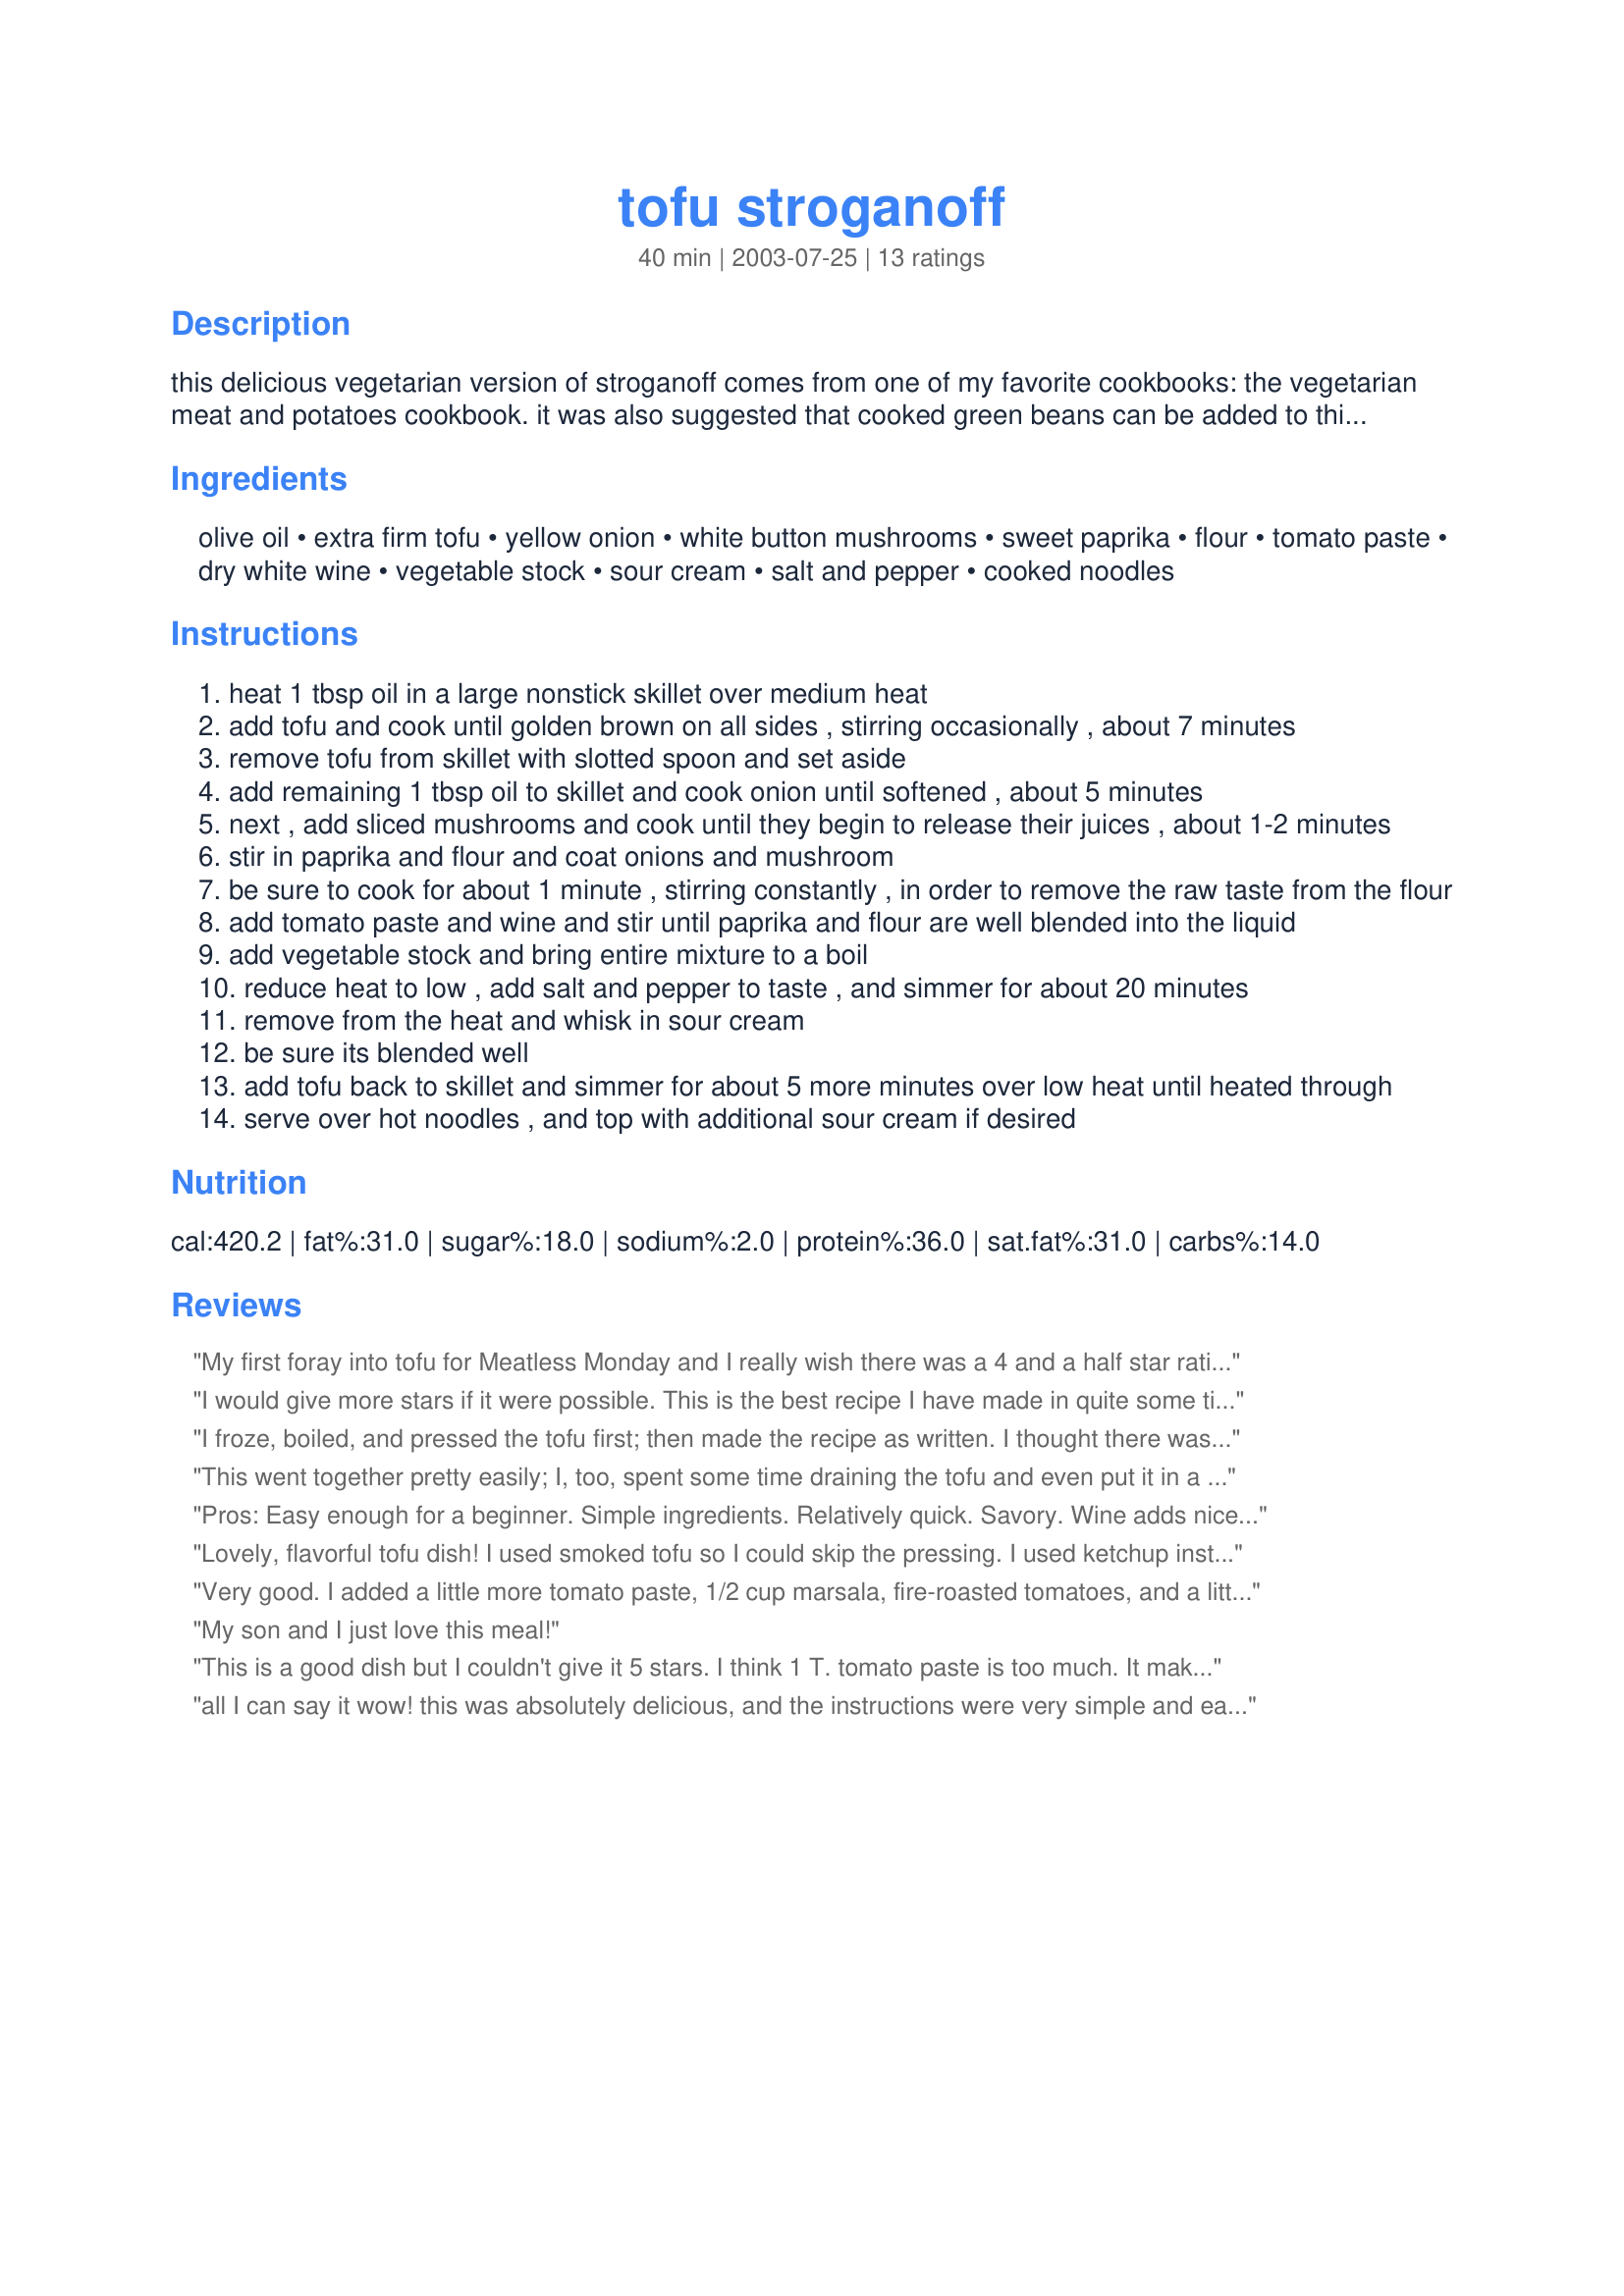
tofu stroganoff
Preparation time: 40 minutes

this delicious vegetarian version of stroganoff comes from one of my favorite cookbooks: the vegetarian meat and potatoes cookbook. it was also suggested that cooked green beans can be added to this at the end with the tofu to add some additional color, flavor and texture. hope you enjoy this dish as much as i do!

Ingredients:
olive oil, extra firm tofu, yellow onion, white button mushrooms, sweet paprika, flour, tomato paste, dry white wine, vegetable stock, sour cream, salt and pepper, cooked noodles

Steps:
heat 1 tbsp oil in a large nonstick skillet over medium heat
add tofu and cook until golden brown on all sides , stirring occasionally , about 7 minutes
remove tofu from skillet with slotted spoon and set aside
add remaining 1 tbsp oil to skillet and cook onion until softened , about 5 minutes
next , add sliced mushrooms and cook until they begin to release their juices , about 1-2 minutes
stir in paprika and flour and coat onions and mushroom
be sure to cook for about 1 minute , stirring constantly , in order to remove the raw taste from the flour
add tomato paste and wine and stir until paprika and flour are well blended into the liquid
add vegetable stock and bring entire mixture to a boil
reduce heat to low , add salt and pepper to taste , and simmer for about 20 minutes
remove from the heat and whisk in sour cream
be sure its blended well
add tofu back to skillet and simmer for about 5 more minutes over low heat until heated through
serve over hot noodles , and top with additional sour cream if desired

Reviews:
My first foray into tofu for Meatless Monday and I really wish there was a 4 and a half star rating. This was really good, my husband even said it was "good" instead of his usual "it's OK". I agree that it was a bit bland, so I added 1 Tbsp of balsamic vinegar and 1/4 tsp of cayenne. Next time I think I'll use lemon juice. I was out of tomato paste, so I used a full Tbsp of ketchup and the tomato flavor was very subdued. I also used 2 portobella mushroom caps b/c I don't really use white mushrooms anymore. They added a nice mushroomy flavor. I will add this recipe to my regular lineup. Thanks for something tasty and meatless.
I would give more stars if it were possible. This is the best recipe I have made in quite some time. My husband and I are trying to eat better, so I bought some tofu and had no idea what to do with it. This was so good, my husband (who can be picky) loved it, and so did I. Thanks so much for posting this, I will definately make this again, many times.
I froze, boiled, and pressed the tofu first; then made the recipe as written. I thought there was something missing. I could not taste the mushrooms, the sourcream flavor was quite prominent. Maybe some garlic next time. I was disappointed with the presentation, it needed color. Green/red peppers perhaps, added toward the end, when the tofu is returned to the pan. I WILL make this again, because it's really easy, but with some adjustments. Thanks for this recipe.
This went together pretty easily; I, too, spent some time draining the tofu and even put it in a colandar after cooking to get more of the moisture out. I really enjoyed the tofu and mushrooms together, but I think next time I would use curry paste in place of the paprika. The paprika just didn't do this dish justice. Also, I'm not sure why its called stroganoff, as it didn't remind me of stroganoff at all!
Pros: Easy enough for a beginner. Simple ingredients. Relatively quick. Savory. Wine adds nice compliment to sour cream.
Cons: Tofu itself doesn&#039;t have any flavor. A bit too much sour cream. Needs additional seasoning, I recommend a splash of worcestershire sauce and a hit of red pepper. Mushrooms would be far more flavorful if cooked until browned, however add additional broth if you go that route.
Lovely, flavorful tofu dish! I used smoked tofu so I could skip the pressing. I used ketchup instead of tomato paste, added a dash of nutmeg, and used red wine instead of white. We really enjoyed it, thanks for the recipe!
Very good. I added a little more tomato paste, 1/2 cup marsala, fire-roasted tomatoes, and a little chili and cayenne pepper. Served over garlic-basil noodles.
My son and I just love this meal!
This is a good dish but I couldn't give it 5 stars. I think 1 T. tomato paste is too much. It makes it too tomatoey. I added a fat clove of garlic which I think helped. Also, the tofu needs to be pressed and drained of all water. A good way to do this is put the tofu on a plate and weigh it down with something quite heavy with no paper towels. I use a big iron skillet. After about 15 minutes a puddle of water will have collected. Pour it off and weigh down again. Wait 20 minutes and pour water off. Now press between several layers of paper towels or a kitchen towel. If you just try to press using paper towels before you first press out all the water, you can use a gazillion paper towels trying to soak up all the water. All in all this is a tasty dish and can be great with a few changes.
all I can say it wow! this was absolutely delicious, and the instructions were very simple and easy to follow. Im usually not a big fan of tofu as a meat substitute, but this turns out beautifully, and masks the tofu flavor. 
thanks for a great recipe.
Really liked this one. The only change I made was to saute a minced garlic clove with the onion. My husband, who is not a vegetarian like I am, really liked this dish. Next time, in addition to adding the minced garlic, I would use half the tomato paste called for and would double the sour cream from 1/2 cup to 1 cup. All in all, a really nice dish. Thanks, Kozmic Blues, for a great meal.
This is utterly delicious, light, and satisfying. Very nice blend of flavors. I yogurt in place of half of the sour cream. Takes a little time to make but is pretty simple, and well worth it.
I really liked this, although I'm not sure that I would make it again. Nothing wrong with it. It's very good, but it didn't completely wow me. I believe that it could use a little more zing. Not sure what it needs. Maybe I will try again afterall and see if I can tweak it a little, because I like the basic recipe.
